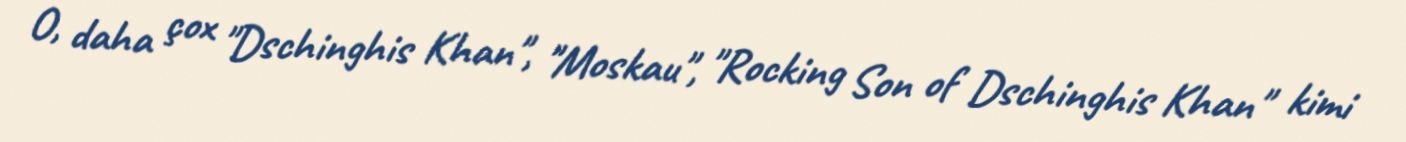
O, daha çox "Dschinghis Khan", "Moskau", "Rocking Son of Dschinghis Khan" kimi